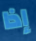
إذا